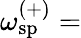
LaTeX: \omega_{\mathrm{sp}}^{(+)}=\begin{array}{rl}\end{array}